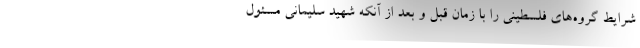
شرایط گروه‌های فلسطینی را با زمان قبل و بعد از آنکه شهید سلیمانی مسئول